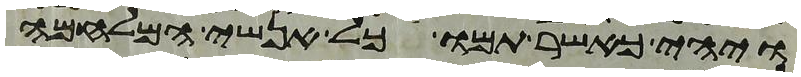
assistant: ויהי כאשר תמו כל אנשי המלחמה